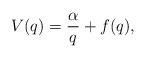
LaTeX: \begin{align*} V(q)=\frac{\alpha}{q} +f(q),\end{align*}